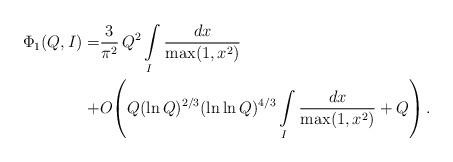
LaTeX: \begin{align*}\Phi_1(Q,I) =& \frac{3}{\pi^2}\, Q^2 \int\limits_I \frac{dx}{\max(1,x^2)} \\+& O\!\left(Q (\ln Q)^{2/3} (\ln\ln Q)^{4/3} \int\limits_I \frac{dx}{\max(1,x^2)} + Q\right). \end{align*}